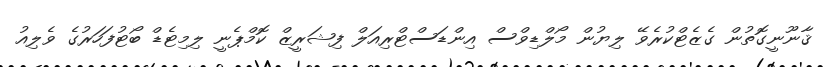
ޤާނޫނީގޮތުން ގެޒެޓްކުރެވޭ ލިޔުން މޯލްޑިވްސް އިންޑަސްޓްރިއަލް ފިޝަރީޒް ކޮމްޕެނީ ލިމިޓެޑް ބޯޓުފަހަރުގެ ވެލިއު